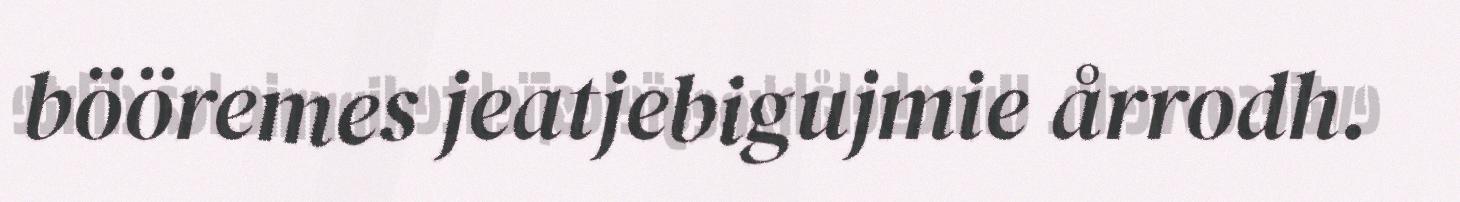
bööremes jeatjebigujmie årrodh.